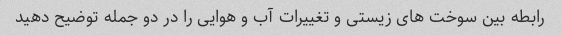
رابطه بین سوخت های زیستی و تغییرات آب و هوایی را در دو جمله توضیح دهید